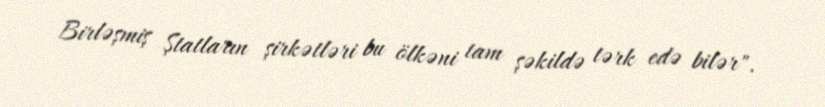
Birləşmiş Ştatların şirkətləri bu ölkəni tam şəkildə tərk edə bilər".